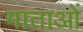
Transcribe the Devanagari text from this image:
माताआें